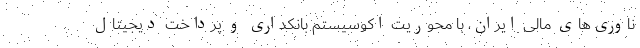
ناوری‌های مالی ایران، با محوریت اکوسیستم بانکداری و پرداخت دیجیتال